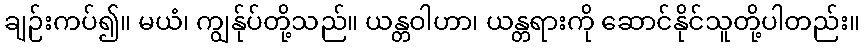
ချဉ်းကပ်၍။ မယံ၊ ကျွန်ုပ်တို့သည်။ ယန္တဝါဟာ၊ ယန္တရားကို ဆောင်နိုင်သူတို့ပါတည်း။